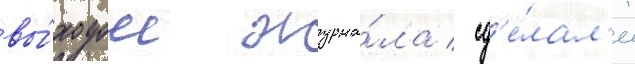
вы́ходом журна́ла / сд'е́лал'и